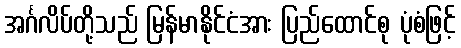
အင်္ဂလိပ်တို့သည် မြန်မာနိုင်ငံအား ပြည်ထောင်စု ပုံစံဖြင့်